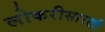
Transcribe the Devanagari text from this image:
लोकरीसारखी